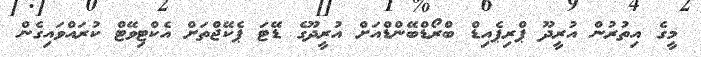
މީގެ އިތުރުން އުރީދޫ ޕްރިޕެއިޑް ބްރޯޑްބޭންޑްއަށް އުރީދޫގެ ޑޭޓަ ޕެކޭޖްތަށް އެކްޓިވޭޓް ކުރައްވައިގެން